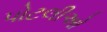
પોટલીઓ